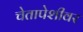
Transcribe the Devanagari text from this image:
चेतापेशीवर